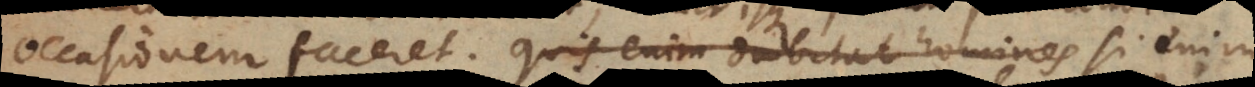
occasionem faceret. Quis enim dubitat homines Si enim